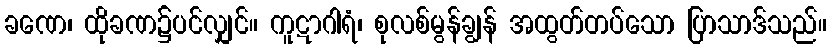
ခဏေ၊ ထိုခဏ၌ပင်လျှင်။ ကူဋာဂါရံ၊ စုလစ်မွန်ချွန် အထွတ်တပ်သော ပြာသာဒ်သည်။